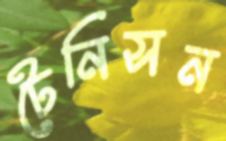
টেনিসন